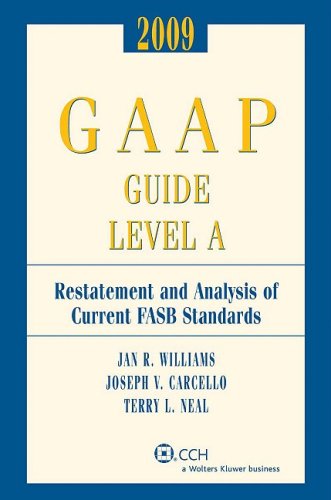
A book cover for GAAP Guide Level A (2009) (GAAP Guide Level A: Restatement & Analysis of Current FASB Standards); Jan R. Williams; Business & Money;